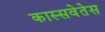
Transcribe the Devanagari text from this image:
कास्सवेतेस